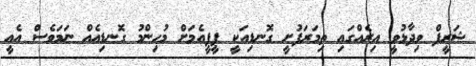
ޝަރީފް ވިދާޅުވީ އިރެއްގައި ތިމަރަފުށީ ގޮނޑިއަކީ ޕީޕީއެމަށް މުހިންމު ގޮނޑިއެއް ނަމަވެސް އެއީ